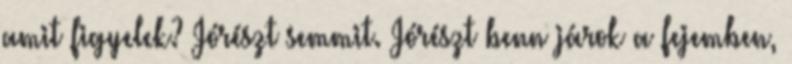
amit figyelek? Jórészt semmit. Jórészt benn járok a fejemben,